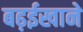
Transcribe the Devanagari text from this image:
बढ़ईखाने